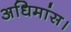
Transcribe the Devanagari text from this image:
अधिमांस।